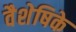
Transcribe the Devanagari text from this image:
वैशेषिके